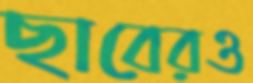
ছাবেরও